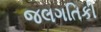
જલગતિકી